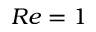
R e = 1